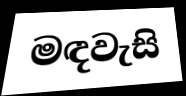
මඳවැසි